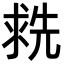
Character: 𬇶